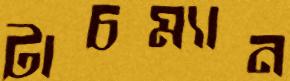
টাচম্যান